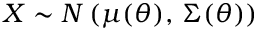
\, X \sim N \left( \mu ( \theta ) , \, \Sigma ( \theta ) \right)